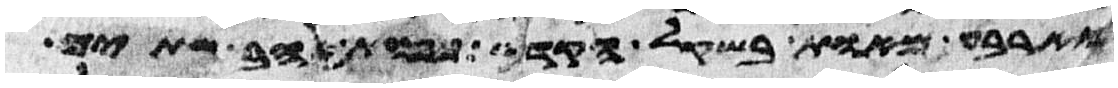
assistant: וארבע מאות בשקל הקדש כפות זהב שתים